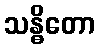
သန္ဓိတော